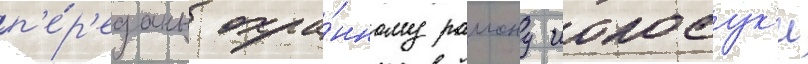
п'е́р'еданы охра́нному раиону иокосук'и